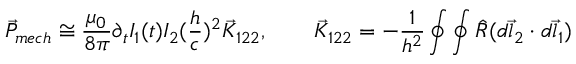
\vec { P } _ { m e c h } \cong \frac { \mu _ { 0 } } { 8 \pi } \partial _ { t } I _ { 1 } ( t ) I _ { 2 } ( \frac { h } { c } ) ^ { 2 } \vec { K } _ { 1 2 2 } , \qquad \vec { K } _ { 1 2 2 } = - \frac { 1 } { h ^ { 2 } } \oint \oint \hat { R } ( d \vec { l } _ { 2 } \cdot d \vec { l } _ { 1 } )